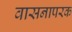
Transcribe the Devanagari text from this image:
वासनापरक